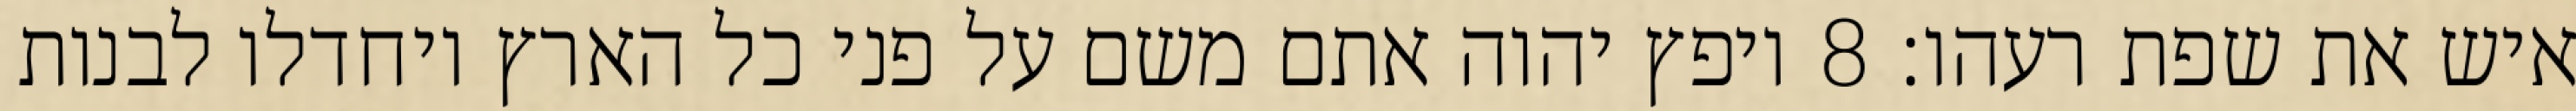
איש את שפת רעהו׃ ‎8‏ ויפץ יהוה אתם משם על פני כל הארץ ויחדלו לבנות